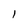
Character: l